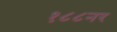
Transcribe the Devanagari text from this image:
१८८नर